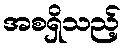
အစရှိသည့်